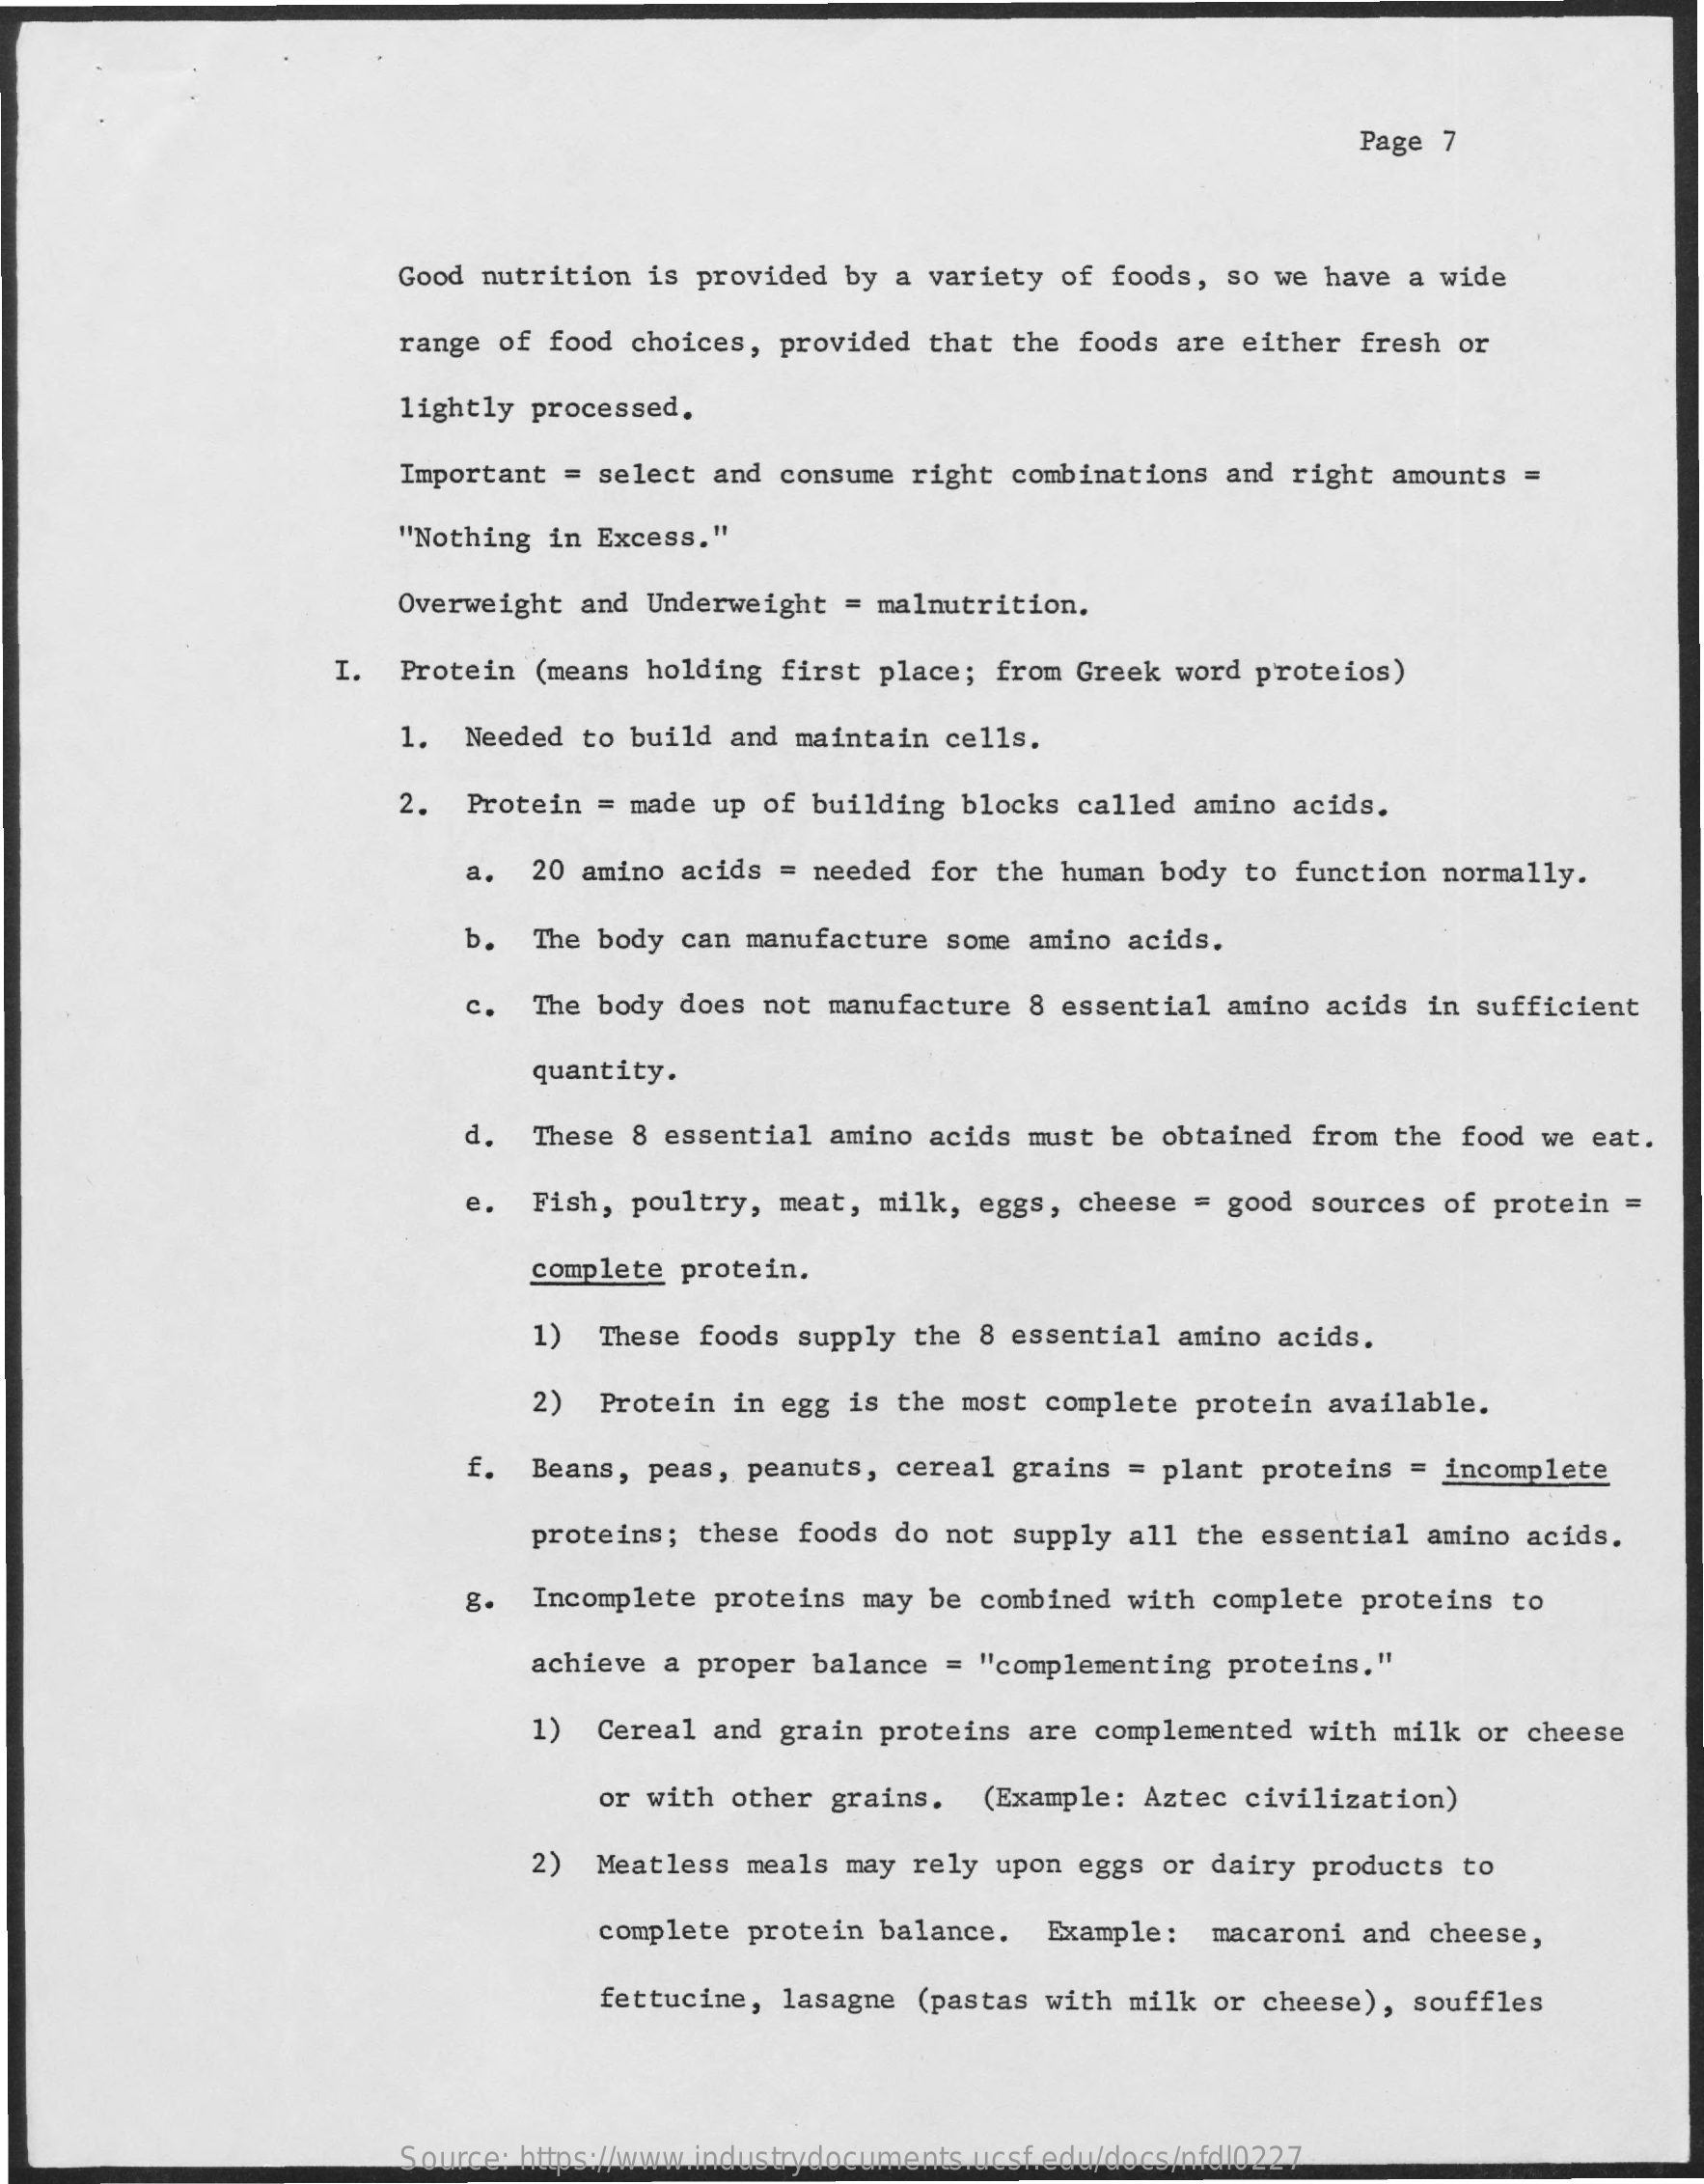
Page 7
     Good nutrition  is provided  by a  variety of  foods, so we  have a wide
     range  of food choices,  provided  that the  foods are either  fresh or
     lightly processed.
     Important  = select  and consume  right combinations  and right  amounts  =
     "Nothing  in Excess."
     Overweight  and Underweight  = malnutrition.
     I.  Protein  (means holding  first place;  from Greek  word proteios)
     1.  Needed  to build  and maintain  cells.
     2.  Protein  = made up  of building  blocks called  amino acids.
     a.  20 amino acids  = needed  for the human  body to  function normally.
     b.  The body can  manufacture  some amino  acids.
     c.  The body does  not manufacture  8 essential  amino  acids in sufficient
     quantity.
     d.  These 8 essential  amino  acids must  be obtained  from the food  we eat.
     e.  Fish, poultry,  meat, milk,  eggs,  cheese = good  sources of  protein =
     complete protein.
     1)  These  foods supply  the 8 essential  amino  acids.
     2)  Protein  in egg is  the most complete  protein  available.
     f.  Beans, peas,  peanuts,  cereal grains  = plant proteins  =  incomplete
     proteins;  these foods do  not supply  all the essential  amino  acids.
     g.  Incomplete  proteins may  be combined  with complete  proteins  to
     achieve a proper  balance  = "complementing  proteins."
     1)  Cereal  and grain proteins  are  complemented  with milk or  cheese
     or with other grains.   (Example:  Aztec civilization)
     2)  Meatless  meals may  rely upon  eggs or dairy  products  to
     complete  protein balance.    Example:  macaroni  and cheese,
     fettucine,  lasagne  (pastas with  milk or  cheese), souffles
     Source: https://www.industrydocuments.ucsf.edu/docs/nfdl0227